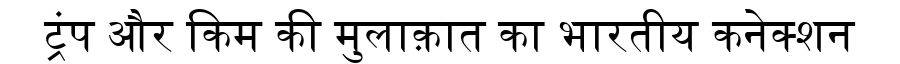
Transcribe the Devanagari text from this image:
ट्रंप और किम की मुलाक़ात का भारतीय कनेक्शन